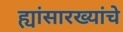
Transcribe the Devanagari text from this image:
ह्यांसारख्यांचे